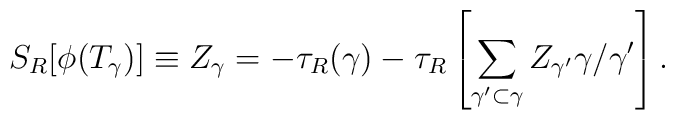
S_R[\phi(T_\gamma)] \equiv Z_\gamma=-\tau_R(\gamma)-\tau_R\left[\sum_{\gamma^\prime\subset\gamma}Z_{\gamma^\prime}\gamma/\gamma^\prime\right].